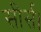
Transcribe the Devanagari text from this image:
सीर्स।